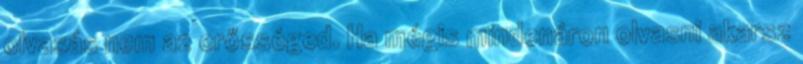
olvasás nem az erősséged. Ha mégis mindenáron olvasni akarsz